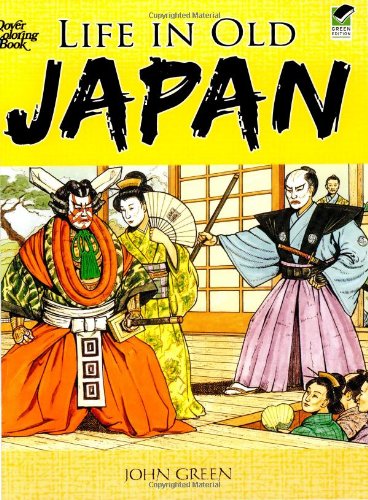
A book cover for Life in Old Japan Coloring Book (Dover History Coloring Book); John Green; Children's Books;